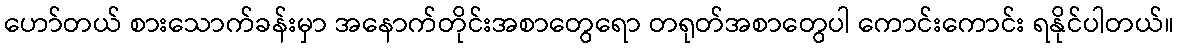
ဟော်တယ် စားသောက်ခန်းမှာ အနောက်တိုင်းအစာတွေရော တရုတ်အစာတွေပါ ကောင်းကောင်း ရနိုင်ပါတယ်။